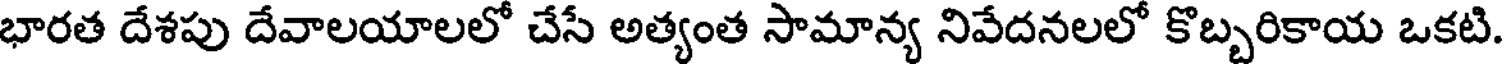
భారత దేశపు దేవాలయాలలో చేసే అత్యంత సామాన్య నివేదనలలో కొబ్బరికాయ ఒకటి.